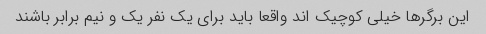
این برگر‌ها خیلی کوچیک اند واقعا باید برای یک نفر یک و نیم برابر باشند